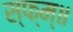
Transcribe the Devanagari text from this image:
स्फ्म्॥